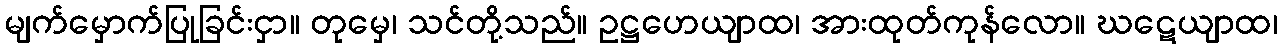
မျက်မှောက်ပြုခြင်းငှာ။ တုမှေ၊ သင်တို့သည်။ ဥဋ္ဌဟေယျာထ၊ အားထုတ်ကုန်လော။ ဃဋေယျာထ၊